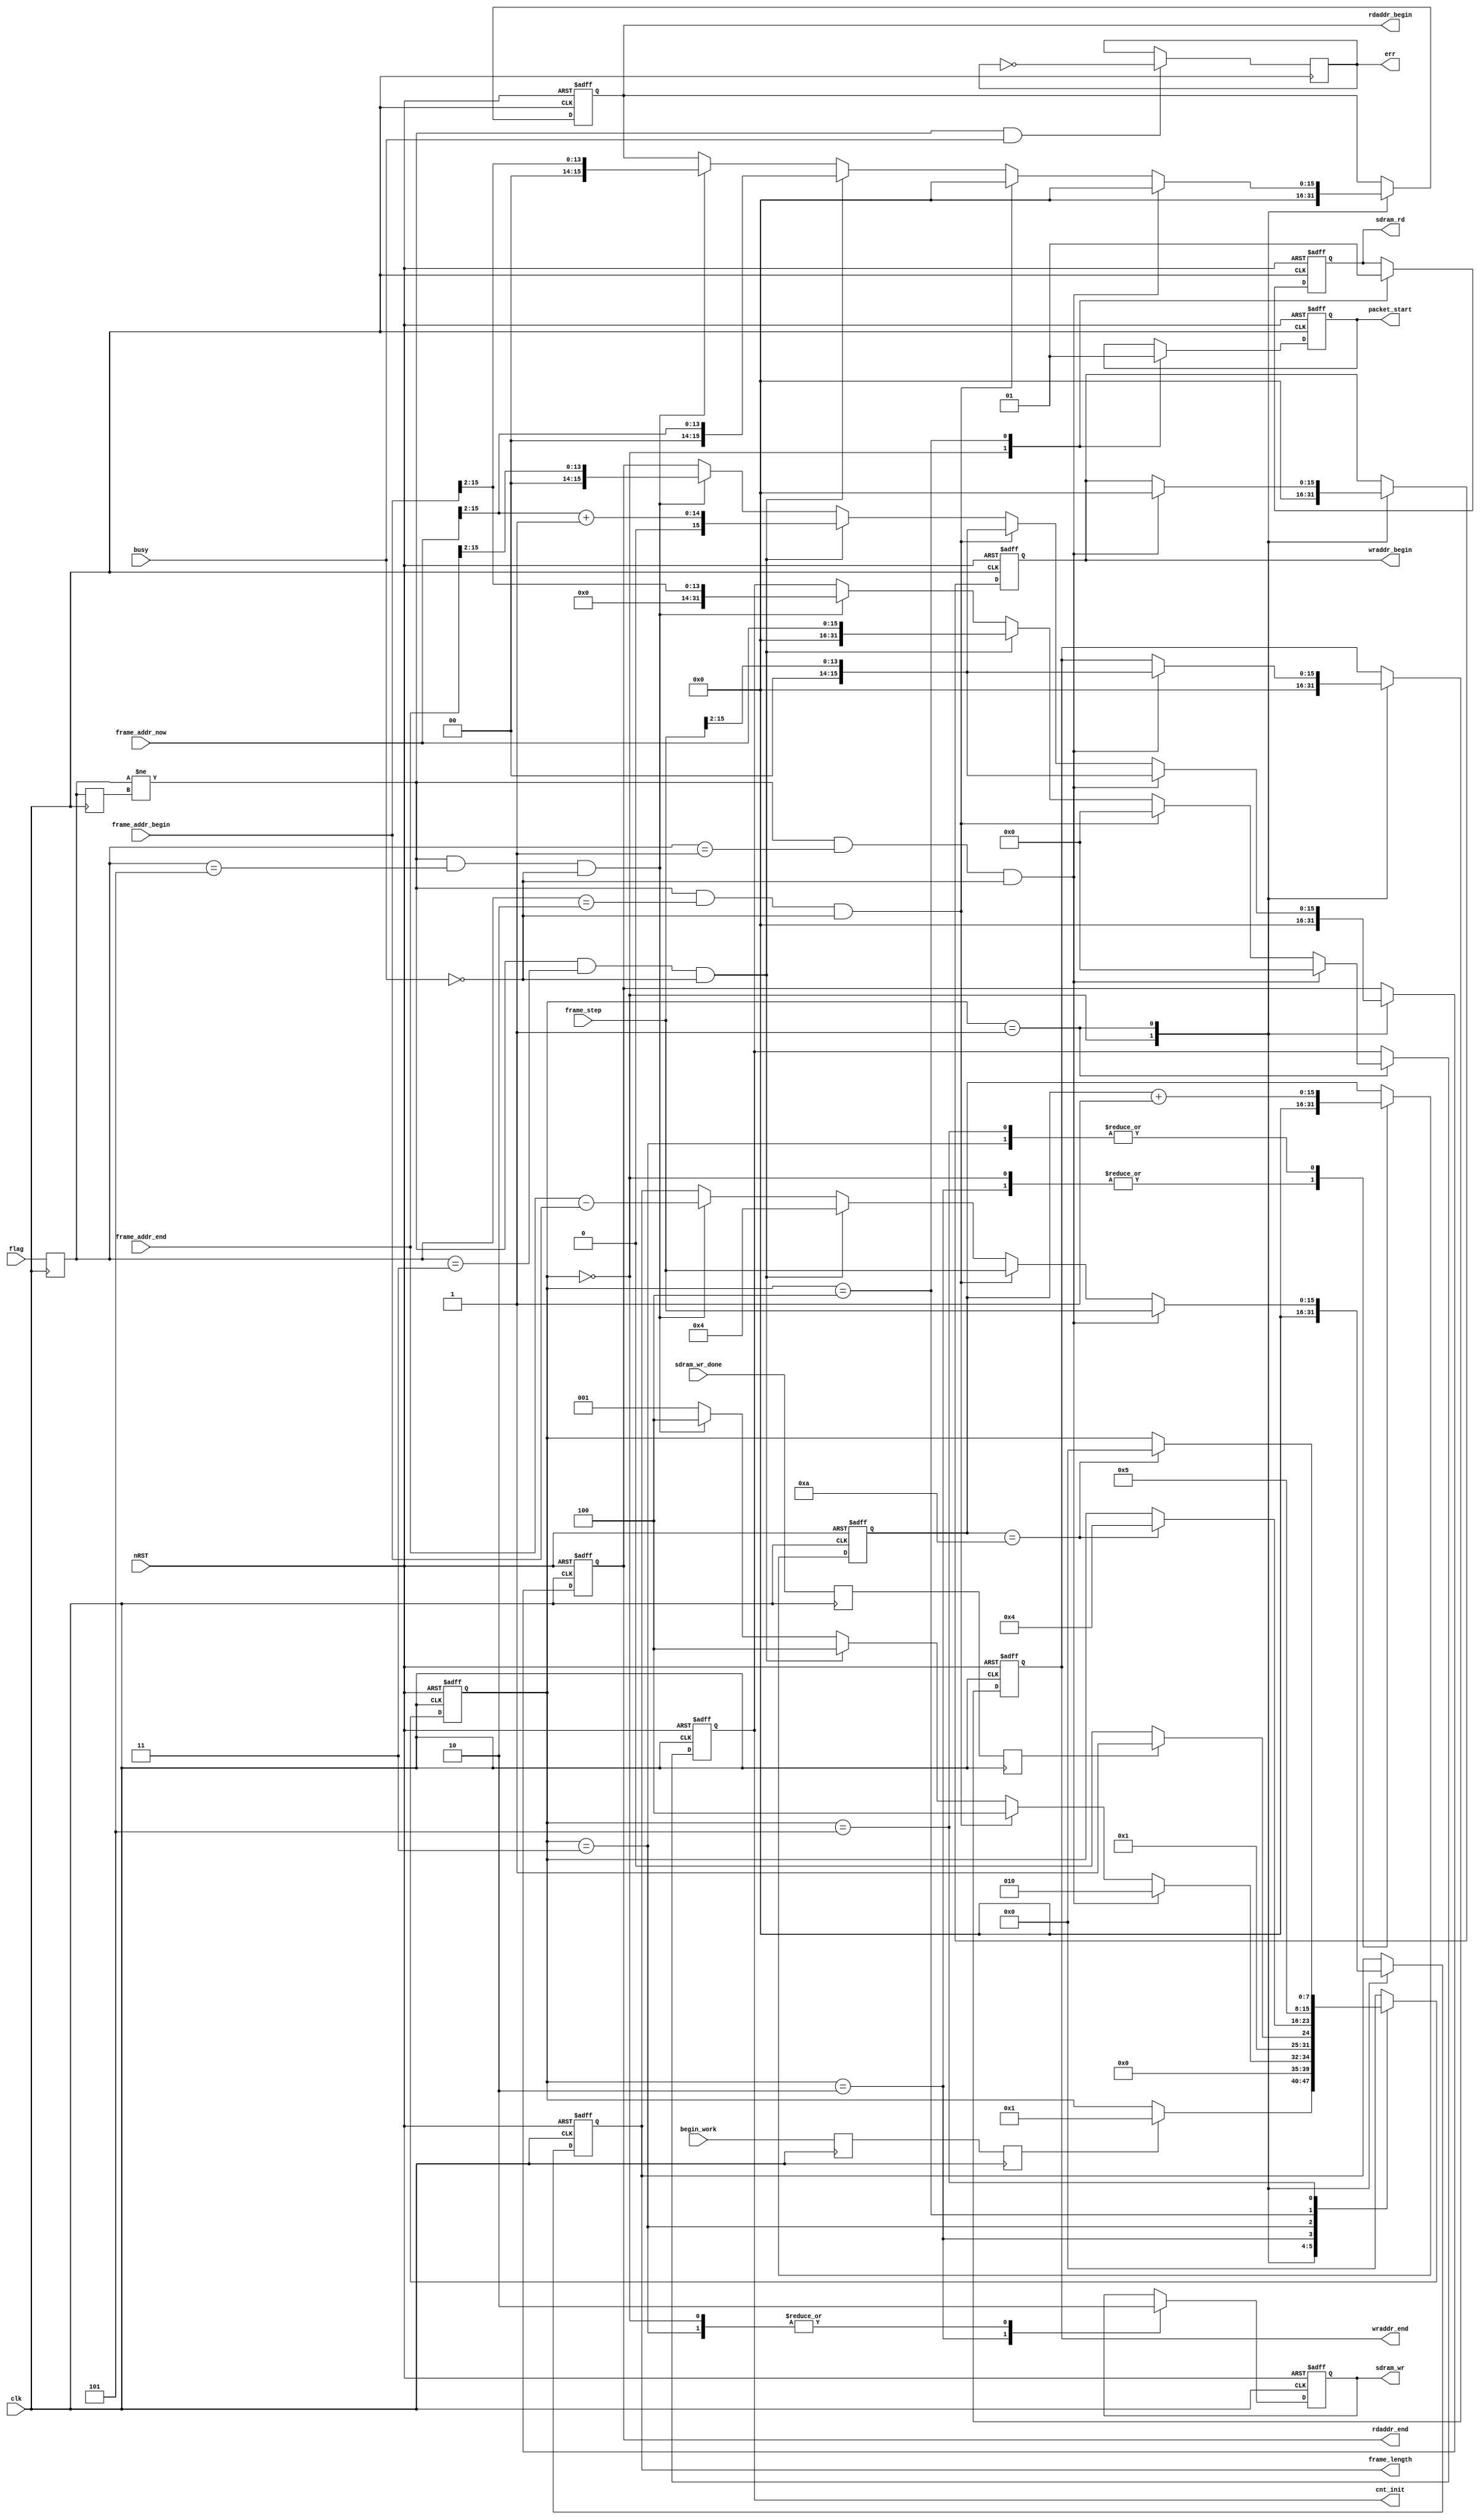
module udp_monitor(
	input clk,//----------------
	input nRST,//---------------0 is active
	
	input begin_work,//-----------------------------NIOS
	input [7:0] flag,//-----------------------------00 01 02 
	input [15:0] frame_step,
	input [15:0] frame_addr_now,
	input [15:0] frame_addr_begin,
	input [15:0] frame_addr_end,
	
	input busy,
	
	output reg	sdram_wr,
	output reg	sdram_rd,
	output reg[15:0]	wraddr_begin,			//
	output reg[15:0]	wraddr_end,			    //
	output reg[15:0]	rdaddr_begin,			//
	output reg[15:0]	rdaddr_end,			    //
	input sdram_wr_done,
	
	output reg packet_start,//----------------------8MB
	output reg [31:0] cnt_init,//-------------------8M
	
	output reg[15:0]	frame_length,	
	output reg err
	);

//===================================
//
//===================================
reg [7:0] state;
reg [15:0] count;
reg begin_reg0,begin_reg1;//---------------------begin_work
reg [7:0]flag0,flag1;//--------------------------flag
reg sdram_wr_done0,sdram_wr_done1;
//=====================================================================================	
always @(posedge clk)
begin
	begin_reg0 <= begin_work;
	begin_reg1 <= begin_reg0;
end	

always @(posedge clk)
begin
	flag0 <= flag;
	flag1 <= flag0;
end	

always @(posedge clk)
begin
	sdram_wr_done0 <= sdram_wr_done;
	sdram_wr_done1 <= sdram_wr_done0;
end	
//=====================================================================================
//	
//=====================================================================================	
always @(posedge clk or negedge nRST)
begin
	if(!nRST)
		begin
			packet_start <= 1'b0;
			cnt_init <=32'd0;
			sdram_wr <= 1'b0;
			sdram_rd <= 1'b0;
			count <= 16'd0;
			wraddr_begin <= 16'd0;
			wraddr_end <= 16'd0;
			rdaddr_begin <= 16'd0;
			rdaddr_end <= 16'd0;
			frame_length <= 16'd0;
			state <= 8'd0;
		end	
	else
		case(state)
		8'd0:
			begin
				packet_start <= 1'b0;
				sdram_wr <= 1'b0;
				sdram_rd <= 1'b0;
				count <= 16'd0;
				wraddr_begin <= 16'd0;
				wraddr_end <= 16'd0;
				rdaddr_begin <= 16'd0;
				rdaddr_end <= 16'd0;
				frame_length <= 16'd0;
				frame_length <= 16'd0;
				if(begin_reg1)
					state <= 8'd1;
			end	
		8'd1:
			begin
				if((flag0 != flag1) && (flag0 == 8'h01) && (!busy))
					begin
						cnt_init <= 32'd0;
						wraddr_begin <= 16'd0;
						wraddr_end <= {2'b00,frame_step[15:2]};
						rdaddr_begin <= 16'd0;
						rdaddr_end <= {2'b00,frame_step[15:2]};
						frame_length <= frame_step;
						state <= 8'd2;//------------------
					end	
				else if((flag0 != flag1) && (flag0 == 8'h02) && (!busy))
					begin
						cnt_init <= 32'd0;
						rdaddr_begin <= 16'd0;
						rdaddr_end <= {2'b00,frame_step[15:2]};
						frame_length <= frame_step;
						state <= 8'd4;//------------------
					end	
				else if((flag0 != flag1) && (flag0 == 8'h03) && (!busy))
					begin
						cnt_init <= frame_addr_now;
						rdaddr_begin <= {2'b00,frame_addr_now[15:2]};
						rdaddr_end <= {2'b00,frame_addr_now[15:2]} + 1'b1;
						frame_length <= 16'd4;
						state <= 8'd4;//------------------
					end	
				else if((flag0 != flag1) && (flag0 == 8'h05) && (!busy))
					begin
						cnt_init <= {2'b00,frame_addr_begin[15:2]};
						rdaddr_begin <= {2'b00,frame_addr_begin[15:2]};
						rdaddr_end <= {2'b00,frame_addr_end[15:2]};
						frame_length <= frame_addr_end - frame_addr_begin;
						state <= 8'd4;//------------------
					end	
				else
					state <= 8'd1;
			end	
//----------------------------------------------------------------------------------------------------------------------//			
		8'd2:
			begin
				sdram_wr <= 1'b1;
				count <= 16'd0;
				if(sdram_wr_done1)
					state <= 8'd3;
				else	
					state <= 8'd2;
			end
		8'd3:
			begin
				sdram_wr <= 1'b0;
				if(count == 16'd10)
				begin
					count <= 16'd0;
					state <= 8'd4;
				end	
					count <= count + 1'b1;	
			end
//----------------------------------------------------------------------------------------------------------------------//			
		8'd4:
			begin
				sdram_rd <= 1'b1;
				packet_start <= 1'b1;
				state <= 8'd5;
			end
		8'd5:
			begin
				if(count == 16'd10)
				begin
					count <= 16'd0;
					state <= 8'd0;
				end	
					count <= count + 1'b1;	
			end	
//----------------------------------------------------------------------------------------------------------------------//			
		default:
				state <= 8'd0;
		endcase	
end		
//=====================================================================================	
always @(posedge clk)
begin
	if((flag0 != flag1) && (busy))
		err <= ~err;
end	
endmodule